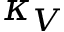
\kappa _ { V }